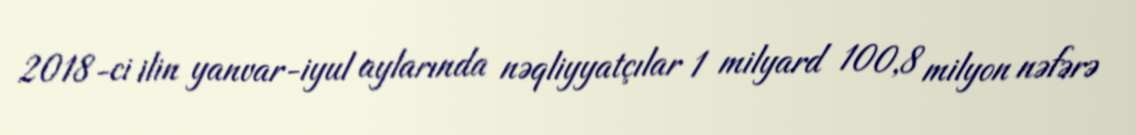
2018-ci ilin yanvar-iyul aylarında nəqliyyatçılar 1 milyard 100,8 milyon nəfərə